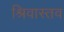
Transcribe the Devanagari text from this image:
श्रिवास्तव